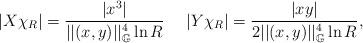
LaTeX: \begin{align*}|X\chi_R| = \frac{|x^3|}{ ||(x,y)||^4_{\mathbb G} \ln R} \ \ \ \ |Y\chi_R| = \frac{|xy|}{ 2||(x,y)||^4_{\mathbb G} \ln R} ,\end{align*}